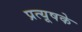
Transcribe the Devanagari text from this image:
प्रत्यूषके